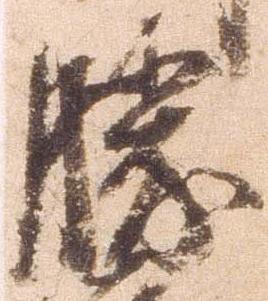
勝